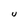
Character: U